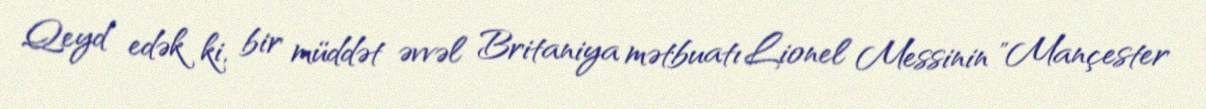
Qeyd edək ki, bir müddət əvvəl Britaniya mətbuatı Lionel Messinin "Mançester